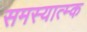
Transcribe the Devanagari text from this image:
समस्यात्म्क